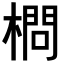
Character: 𣙎